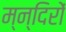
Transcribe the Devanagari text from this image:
म्न्दिरों